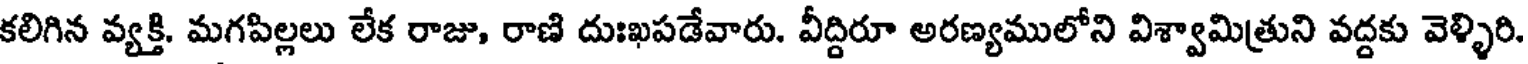
కలిగిన వ్యక్తి. మగపిల్లలు లేక రాజు, రాణి దుఃఖపడేవారు. వీద్దిరూ అరణ్యములోని విశ్వామిత్రుని వద్దకు వెళ్ళిరి.